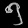
Digit: ၅